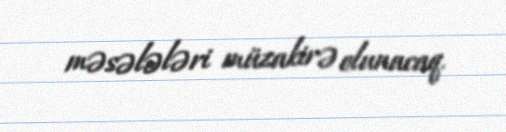
məsələləri müzakirə olunacaq.